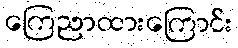
ကြေညာထားကြောင်း